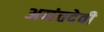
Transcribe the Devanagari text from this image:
अनंतदेवी